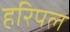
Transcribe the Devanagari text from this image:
हरिपल